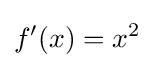
f'(x)=x^{2}